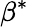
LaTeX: \beta^{\ast}